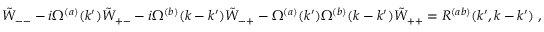
\begin{array} { r } { \tilde { W } _ { -- } - i \Omega ^ { ( a ) } ( k ^ { \prime } ) \tilde { W } _ { + - } - i \Omega ^ { ( b ) } ( k - k ^ { \prime } ) \tilde { W } _ { - + } - \Omega ^ { ( a ) } ( k ^ { \prime } ) \Omega ^ { ( b ) } ( k - k ^ { \prime } ) \tilde { W } _ { + + } = R ^ { ( a b ) } ( k ^ { \prime } , k - k ^ { \prime } ) \; , } \end{array}